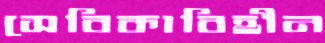
সেবিকাবিহীন